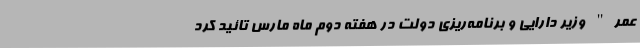
عمر" وزیر دارایی و برنامه‌ریزی دولت در هفته دوم ماه مارس تائید کرد